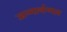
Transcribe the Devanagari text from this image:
जन्मार्थन्गल